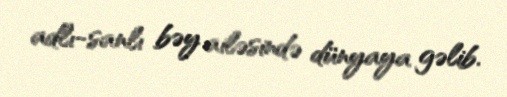
adlı-sanlı bəy ailəsində dünyaya gəlib.